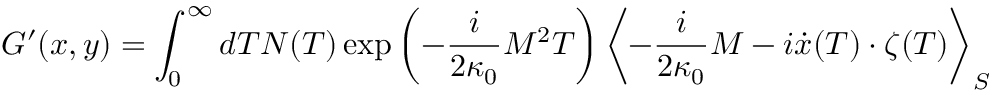
G ^ { \prime } ( x , y ) = \int _ { 0 } ^ { \infty } d T N ( T ) \exp \left( - \frac { i } { 2 \kappa _ { 0 } } M ^ { 2 } T \right) \left< - \frac { i } { 2 \kappa _ { 0 } } M - i \dot { x } ( T ) \cdot \zeta ( T ) \right> _ { S }